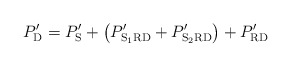
\begin{align*}P'_{\mathrm{D}} = P'_{\mathrm{S}} + \left(P'_{\mathrm{S_{1}RD}}+P'_\mathrm{S_{2}RD}\right) + P'_{\mathrm{RD}}\end{align*}